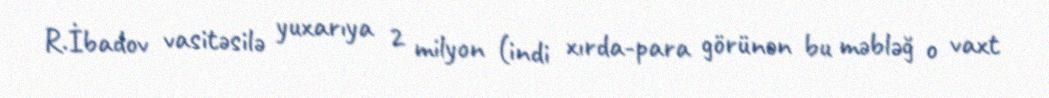
R.İbadov vasitəsilə yuxarıya 2 milyon (indi xırda-para görünən bu məbləğ o vaxt